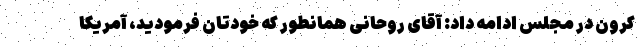
کرون در مجلس ادامه داد: آقای روحانی همانطور که خودتان فرمودید، آمریکا